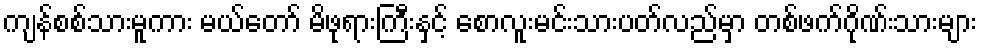
ကျန်စစ်သားမူကား မယ်တော် မိဖုရားကြီးနှင့် စောလူးမင်းသားပတ်လည်မှာ တစ်ဖက်ဂိုဏ်းသားများ